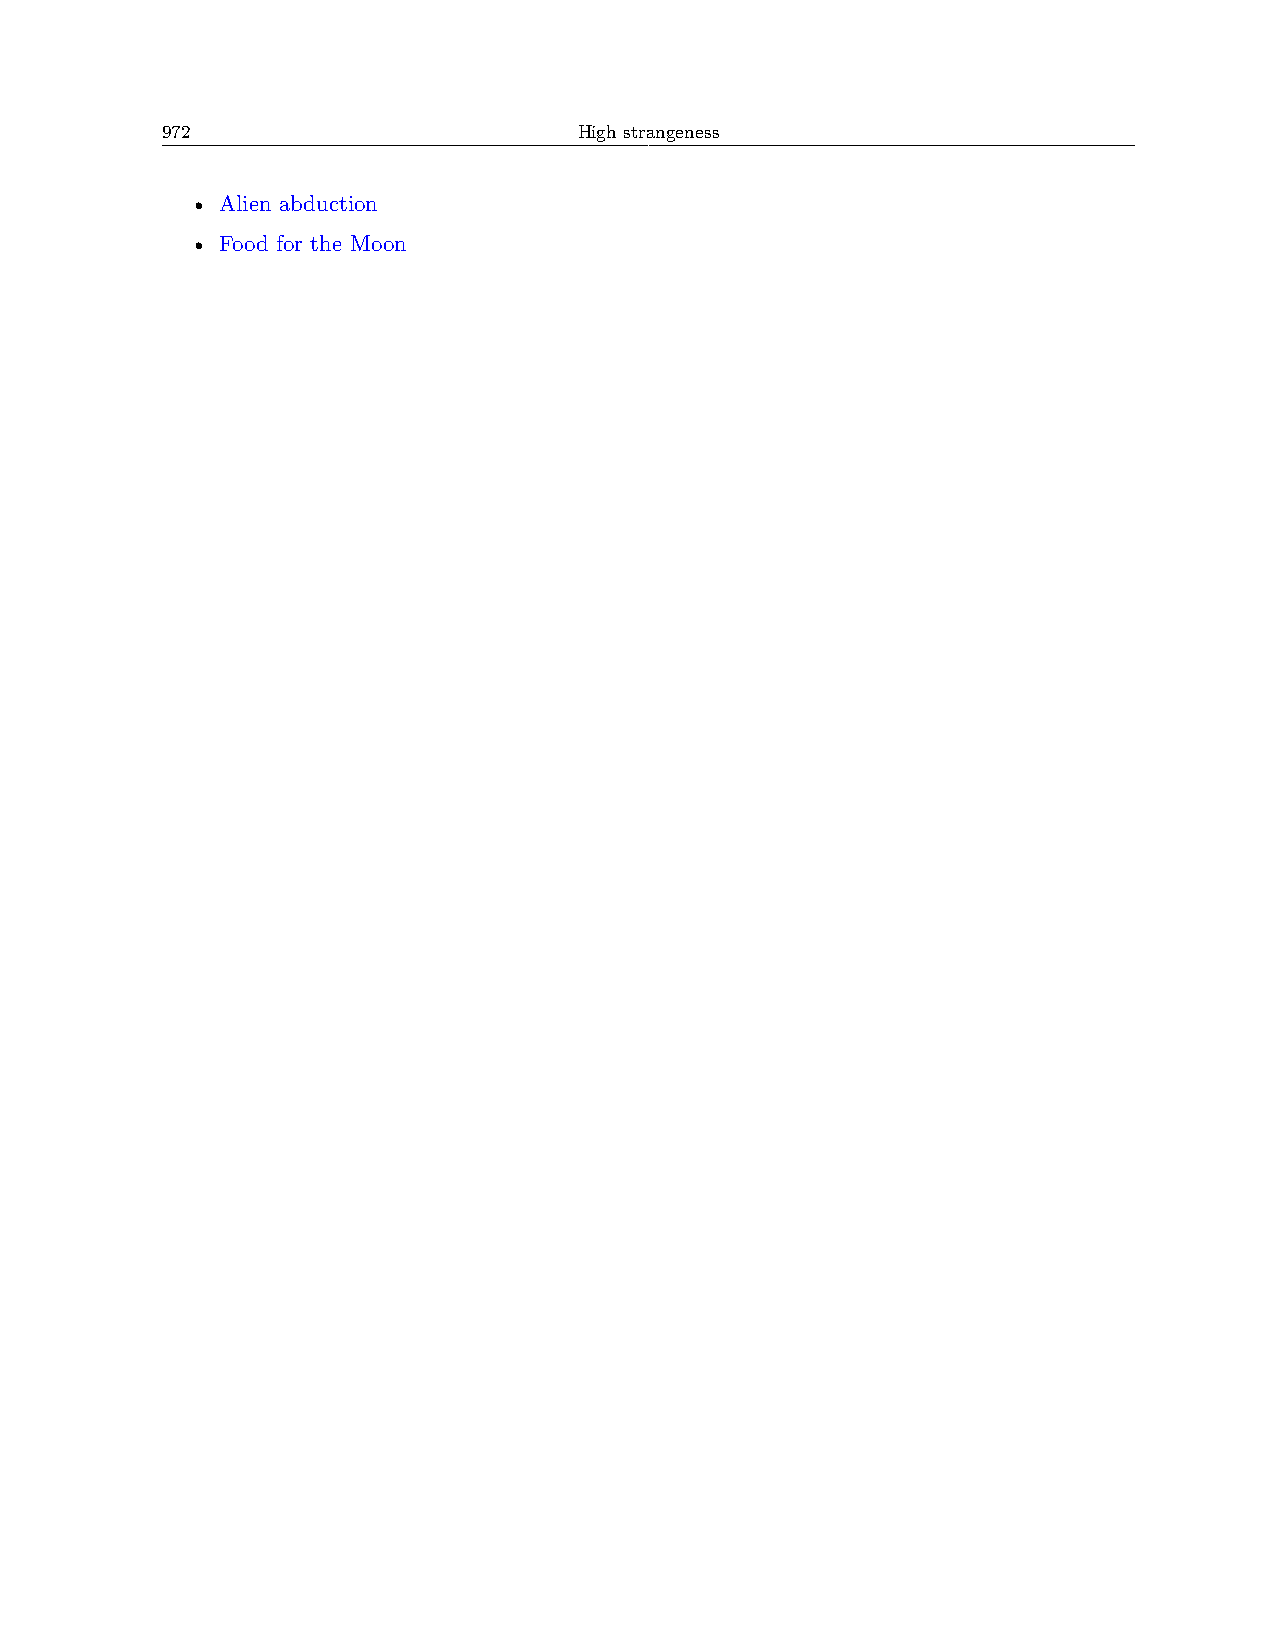
972                        High strangeness
 • Alien abduction
 • Food for the Moon